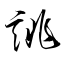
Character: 誂